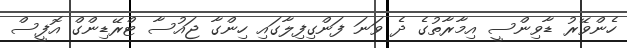
ހެންވޭރު ޑާވިންސީ އިމާރާތުގެ ދެ ވަނަ ފަންގިފިލާގައި ހިންގާ ޖައުސާ ޓްރޭޑިންގް އޮފީސް